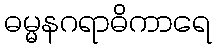
ဓမ္မနဂရာဓိကာရေ